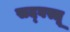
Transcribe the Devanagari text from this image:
सद्‌वस्तू